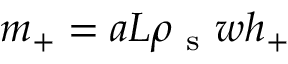
m _ { + } = a L \rho _ { \mathrm { ~ s ~ } } w h _ { + }